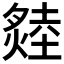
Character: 𤏝